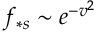
f _ { \ast s } \sim e ^ { - v ^ { 2 } }